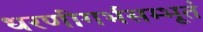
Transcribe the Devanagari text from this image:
धरणीगर्भसम्भूतं